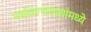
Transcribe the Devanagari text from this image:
पर्यावरणवाद्यांमध्ये